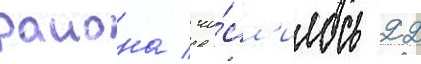
раиона / чи́сл'илось 22